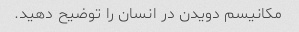
مکانیسم دویدن در انسان را توضیح دهید.